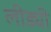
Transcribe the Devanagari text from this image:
लीड्यी